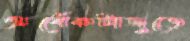
অর্ধেকটাজুড়ে